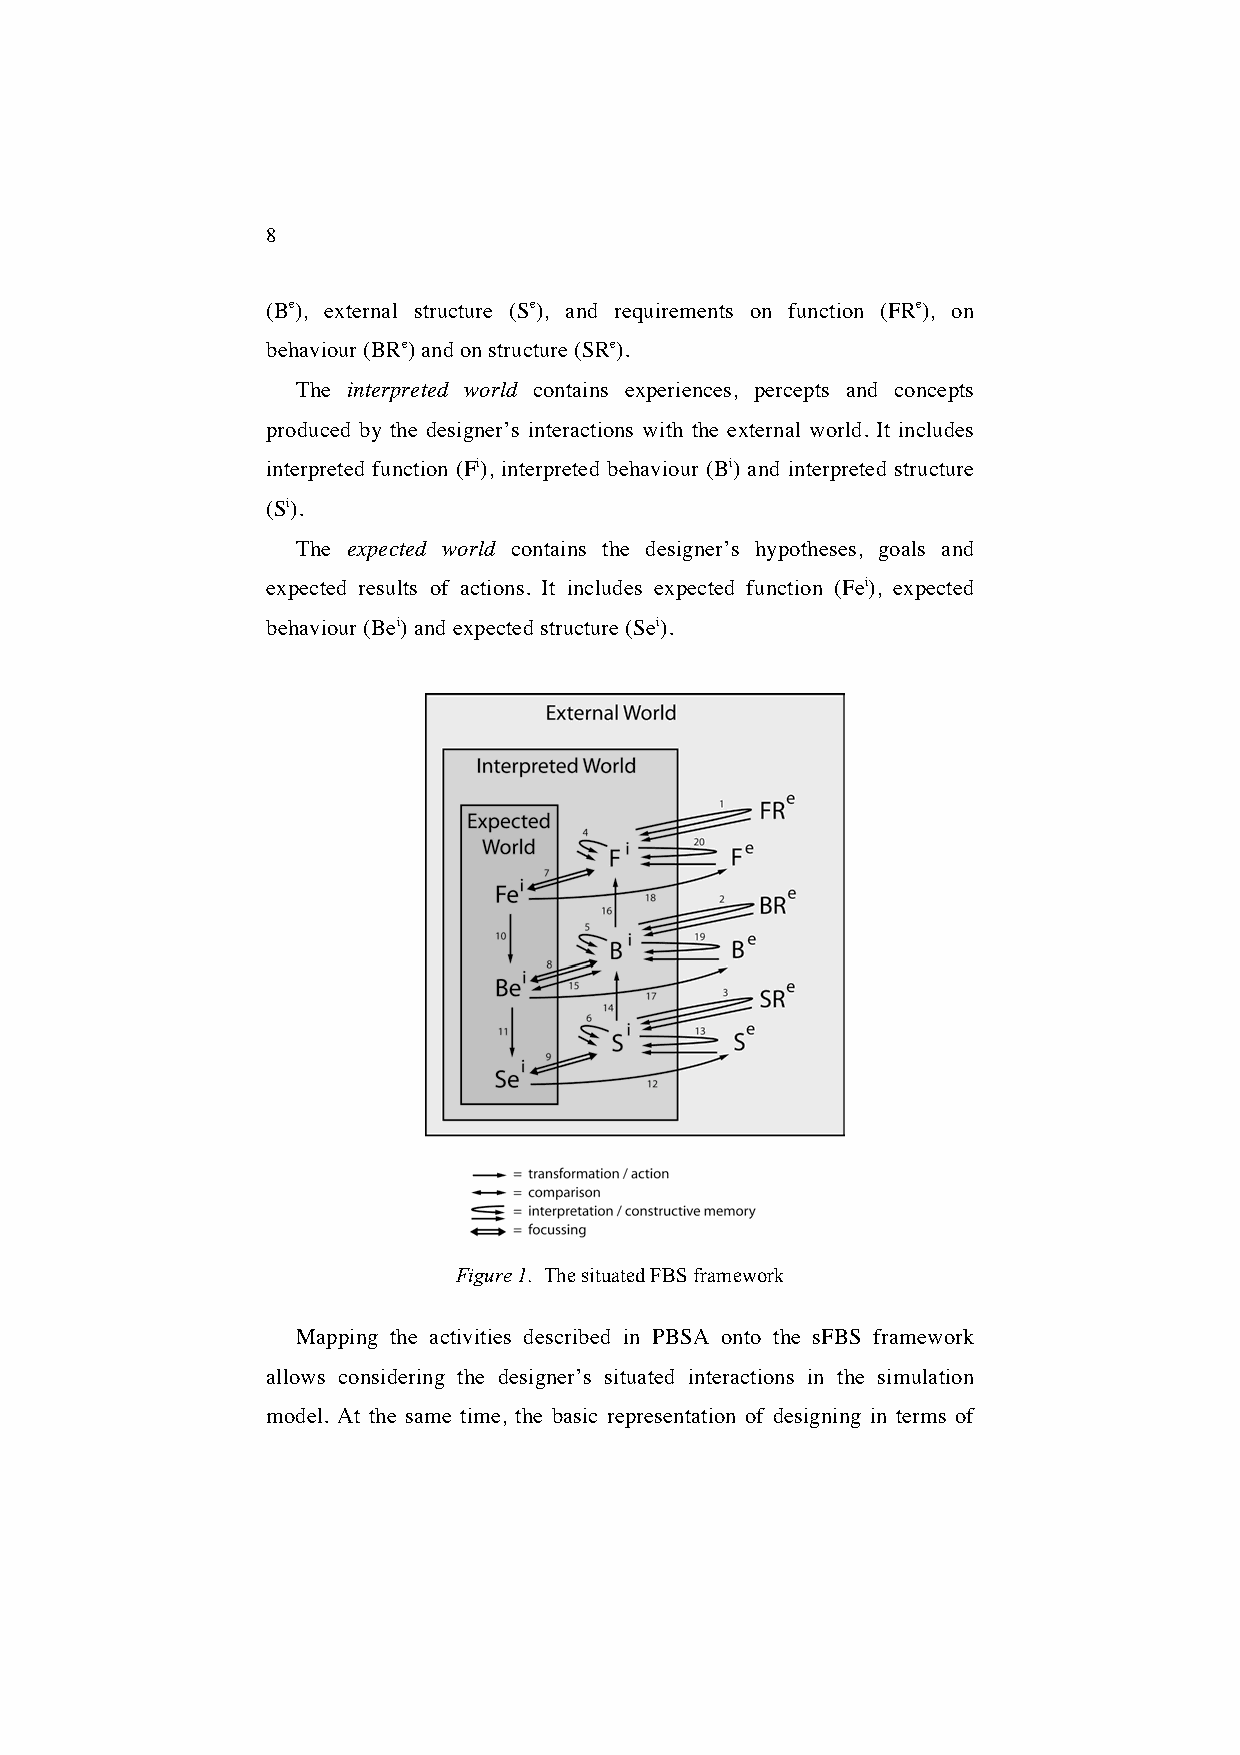
8
 (Be), external structure (Se), and requirements on function (FRe), on
 behaviour (BRe) and on structure (SRe).
 The interpreted world contains experiences, percepts and concepts
 produced by the designer’s interactions with the external world. It includes
 interpreted function (Fi), interpreted behaviour (Bi) and interpreted structure
 (Si).
 The expected world contains the designer’s hypotheses, goals and
 expected results of actions. It includes expected function (Fei), expected
 behaviour (Bei) and expected structure (Sei).
 Figure 1. The situated FBS framework
 Mapping the activities described in PBSA onto the sFBS framework
 allows considering the designer’s situated interactions in the simulation
 model. At the same time, the basic representation of designing in terms of